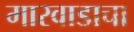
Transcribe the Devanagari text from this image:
मारवाडाचा